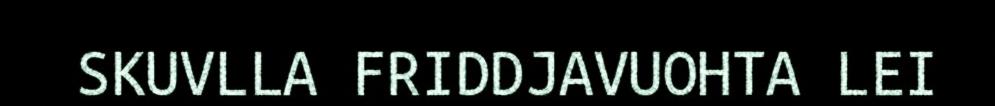
SKUVLLA FRIDDJAVUOHTA LEI